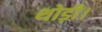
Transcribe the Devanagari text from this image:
थोड़ी।